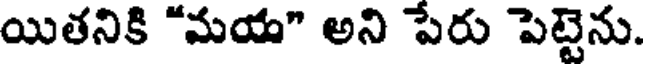
యితనికి "మయ" అని పేరు పెట్టెను.